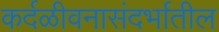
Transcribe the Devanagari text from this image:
कर्दळीवनासंदर्भातील